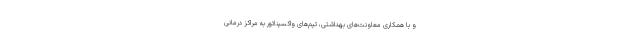
و با همکاری معاونت‌های بهداشتی، تیم‌های واکسیناتور به مراکز درمانی